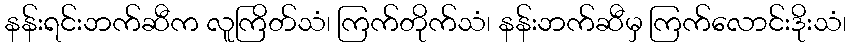
နန်းရင်းဘက်ဆီက လူကြိတ်သံ၊ ကြက်တိုက်သံ၊ နန်းဘက်ဆီမှ ကြက်လောင်းဒိုးသံ၊